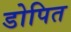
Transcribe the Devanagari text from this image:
डोपित